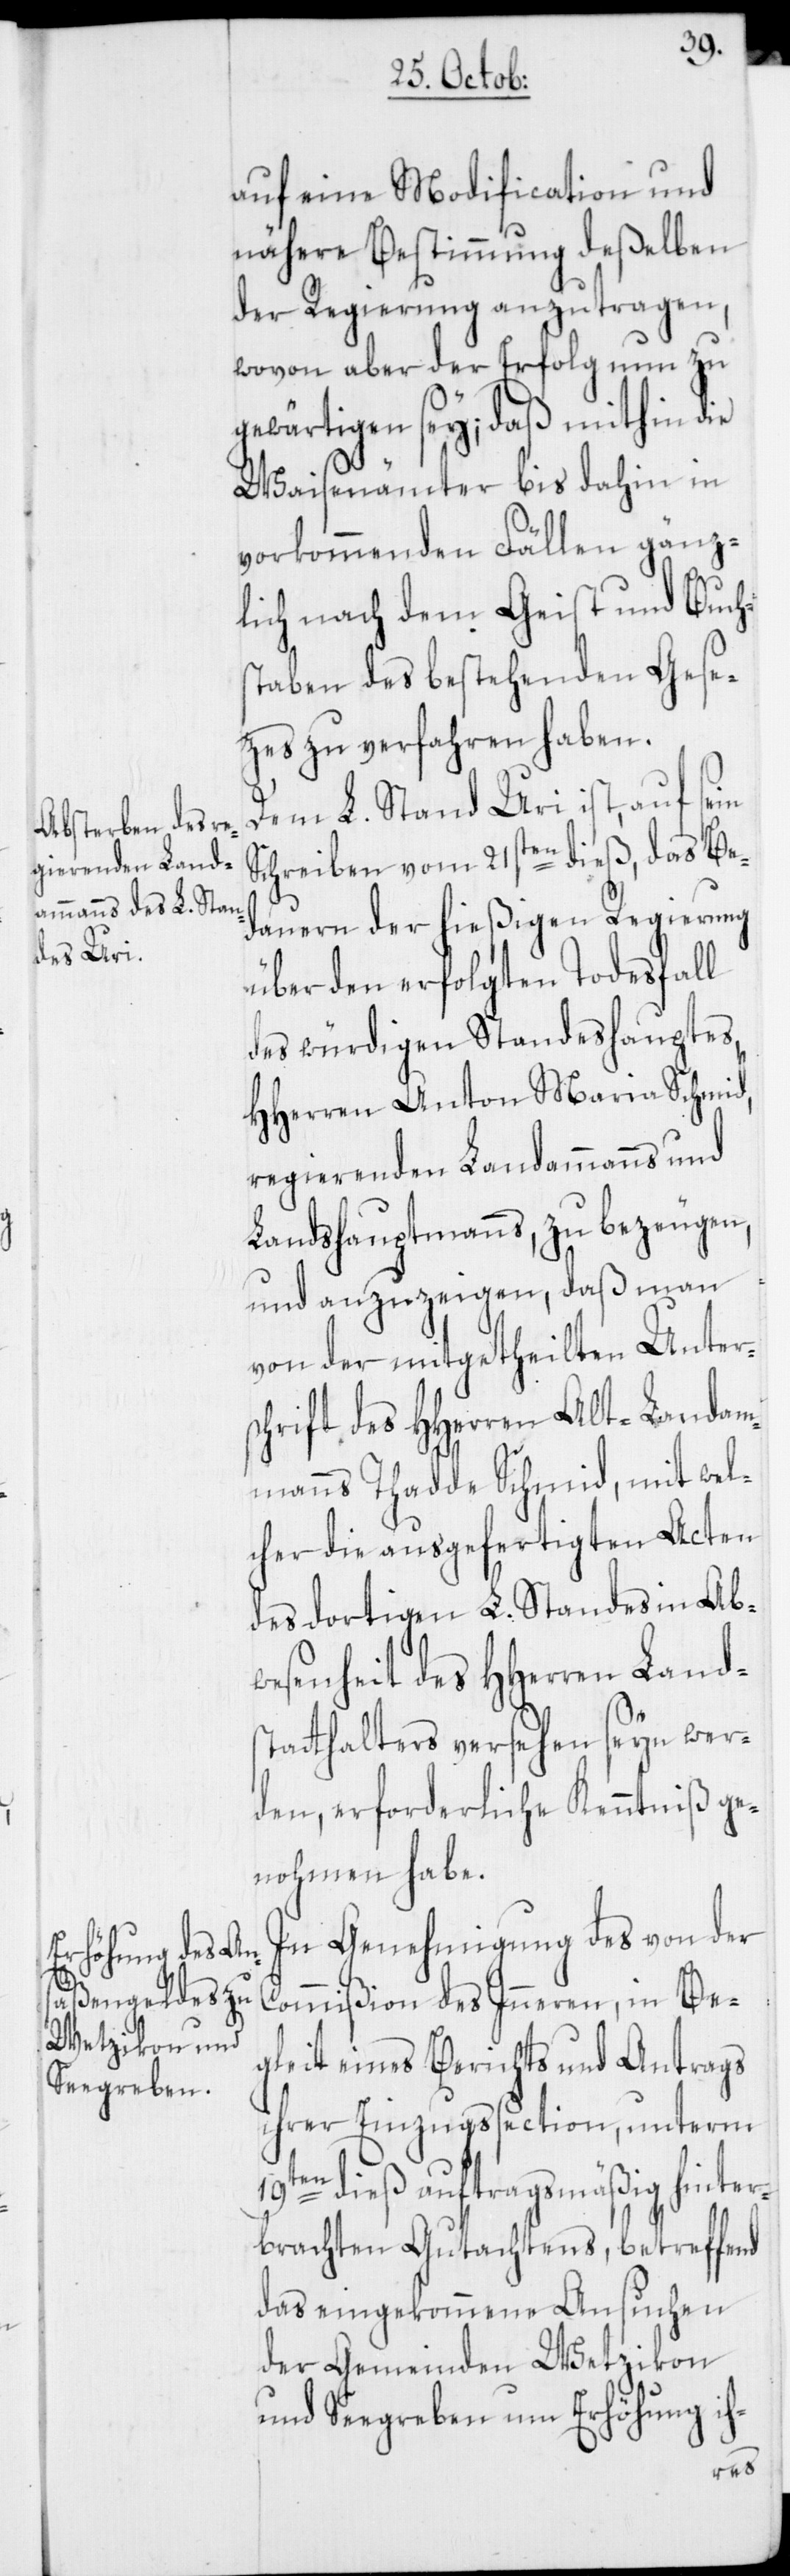
auf eine Modification und
nähere Bestimmung deßelben
der Regierung anzutragen,
wovon aber der Erfolg nun zu
gewärtigen sey; daß mithin die
Waisenämter bis dahin in
vorkommenden Fällen gänz¬
lich nach dem Geist und Buch¬
staben des bestehenden Gese¬
tzes zu verfahren haben.
Dem L. Stand Uri ist, auf sein
Schreiben vom 21sten dieß, das Be¬
dauern der hießigen Regierung
über den erfolgten Todesfall
des würdigen Standeshauptes,
HHerren Anton Maria Schmid,
regierenden Landammanns und
Landshauptmanns, zu bezeugen,
und anzuzeigen, daß man
von der mitgetheilten Unters¬
chrift des HHerren Alt-Landam¬
manns Thadde Schmid, mit wel¬
cher die ausgefertigten Acten
des dortigen L. Standes in Ab¬
wesenheit des HHerren Lands¬
tatthalters versehen seyn wer¬
den, erforderliche Kenntniß ge¬
nohmen habe.
In Genehmigung des von der
Commißion des Inneren, in Be¬
gleit eines Berichts und Antrags
ihrer Einzugssection, unterm
19ten dieß auftragsmäßig hinter¬
brachten Gutachtens, betreffend
das eingekommene Ansuchen
der Gemeinden Wetzikon
und Seegreben um Erhöhung ih-